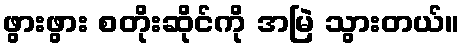
ဖွားဖွား စတိုးဆိုင်ကို အမြဲ သွားတယ်။